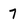
Character: 7